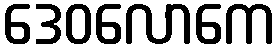
ဒေဝလောကေ